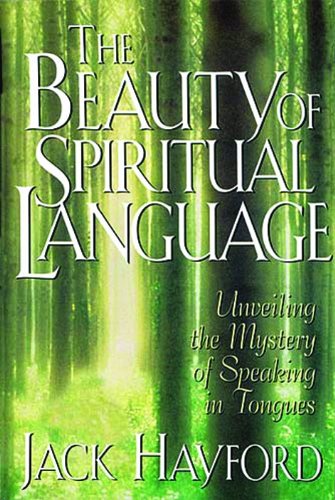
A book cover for The Beauty Of Spiritual Language; Jack W. Hayford; Christian Books & Bibles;